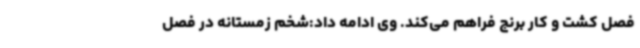
فصل کشت و کار برنج فراهم می‌کند. وی ادامه داد:شخم زمستانه در فصل